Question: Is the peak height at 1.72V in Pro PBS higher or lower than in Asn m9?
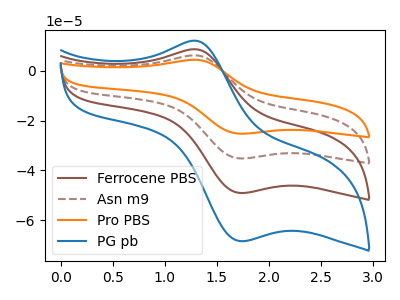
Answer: <think>The brown curve "Ferrocene PBS" has an anodic peak at (1.25V, 8.70uA) and a cathodic peak at (1.70V, -49.15uA). The brown dashed curve "Asn m9" has an anodic peak at (1.25V, 17.40uA) and a cathodic peak at (1.70V, -98.25uA). The orange curve "Pro PBS" has an anodic peak at (1.25V, 26.10uA) and a cathodic peak at (1.70V, -147.40uA). The blue curve "PG pb" has an anodic peak at (1.25V, 12.15uA) and a cathodic peak at (1.70V, -68.50uA).</think>
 <answer>The peak at 1.72V is higher in "Pro PBS" than in "Asn m9".</answer>
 <eval>higher</eval>